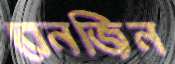
বেনজিন